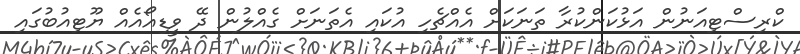
ކްރިސްޓިއަނުން އަޅުކަންކުރާ ތަނަކަށް އެއްޗެހި އުކައި އެތަނަށް ގެއްލުން ދޭ ވީޑިއޯއެއް ޔޫޓިއުބުގައި